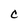
Character: C